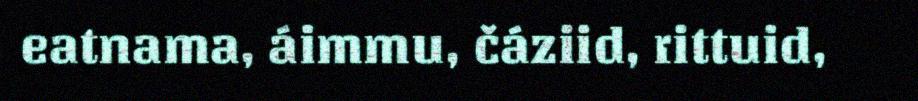
eatnama, áimmu, čáziid, rittuid,